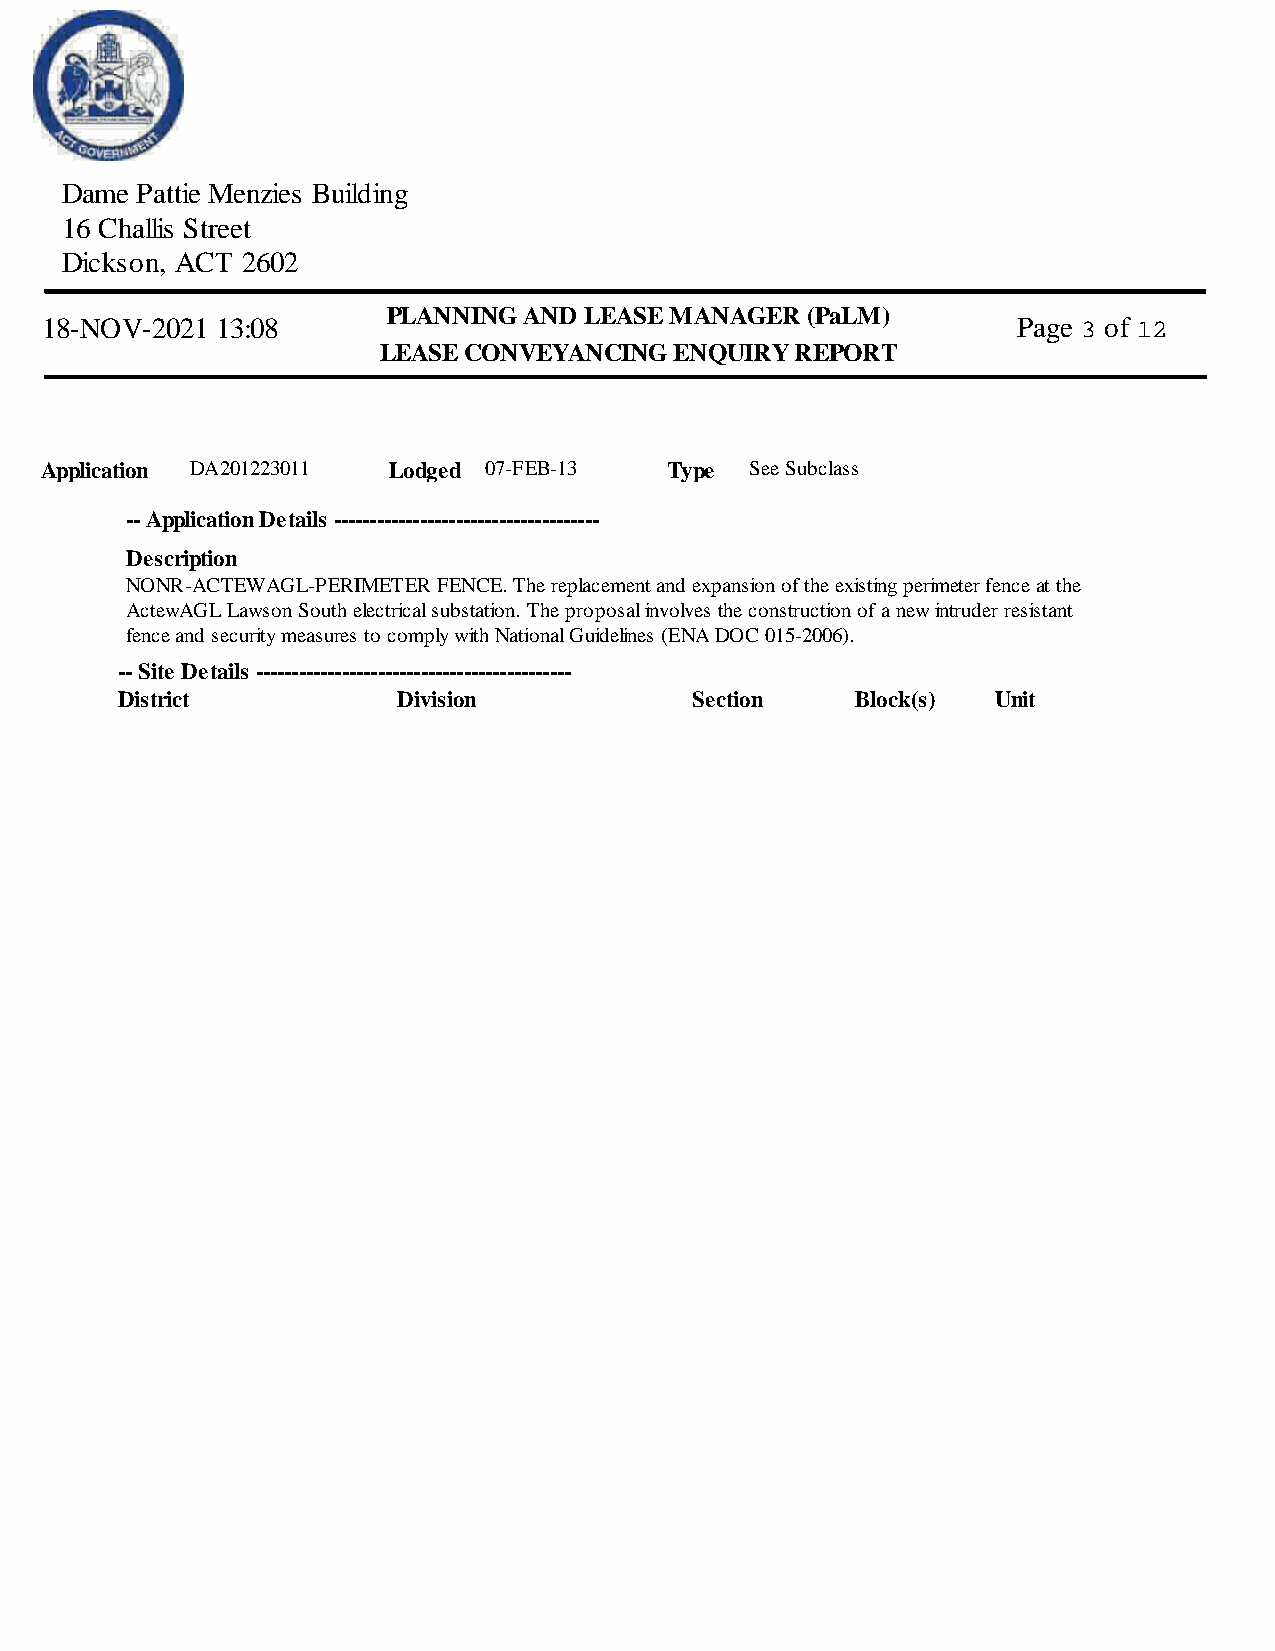
Dame Pattie Menzies Building
 16 Challis Street
 Dickson, ACT 2602
 PLANNING AND LEASE MANAGER  (PaLM)
 18-NOV-2021 13:08                                               Page 3 of 12
 LEASE CONVEYANCING  ENQUIRY  REPORT
 Application DA201223011 Lodged 07-FEB-13 Type  See Subclass
 -- Application Details -------------------------------------
 Description
 NONR-ACTEWAGL-PERIMETER FENCE. The replacement and expansion of the existing perimeter fence at the
 ActewAGL Lawson South electrical substation. The proposal involves the construction of a new intruder resistant
 fence and security measures to comply with National Guidelines (ENA DOC 015-2006).
 -- Site Details --------------------------------------------
 District          Division            Section    Block(s) Unit